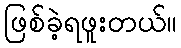
ဖြစ်ခဲ့ရဖူးတယ်။